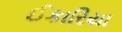
ઈકારિયા